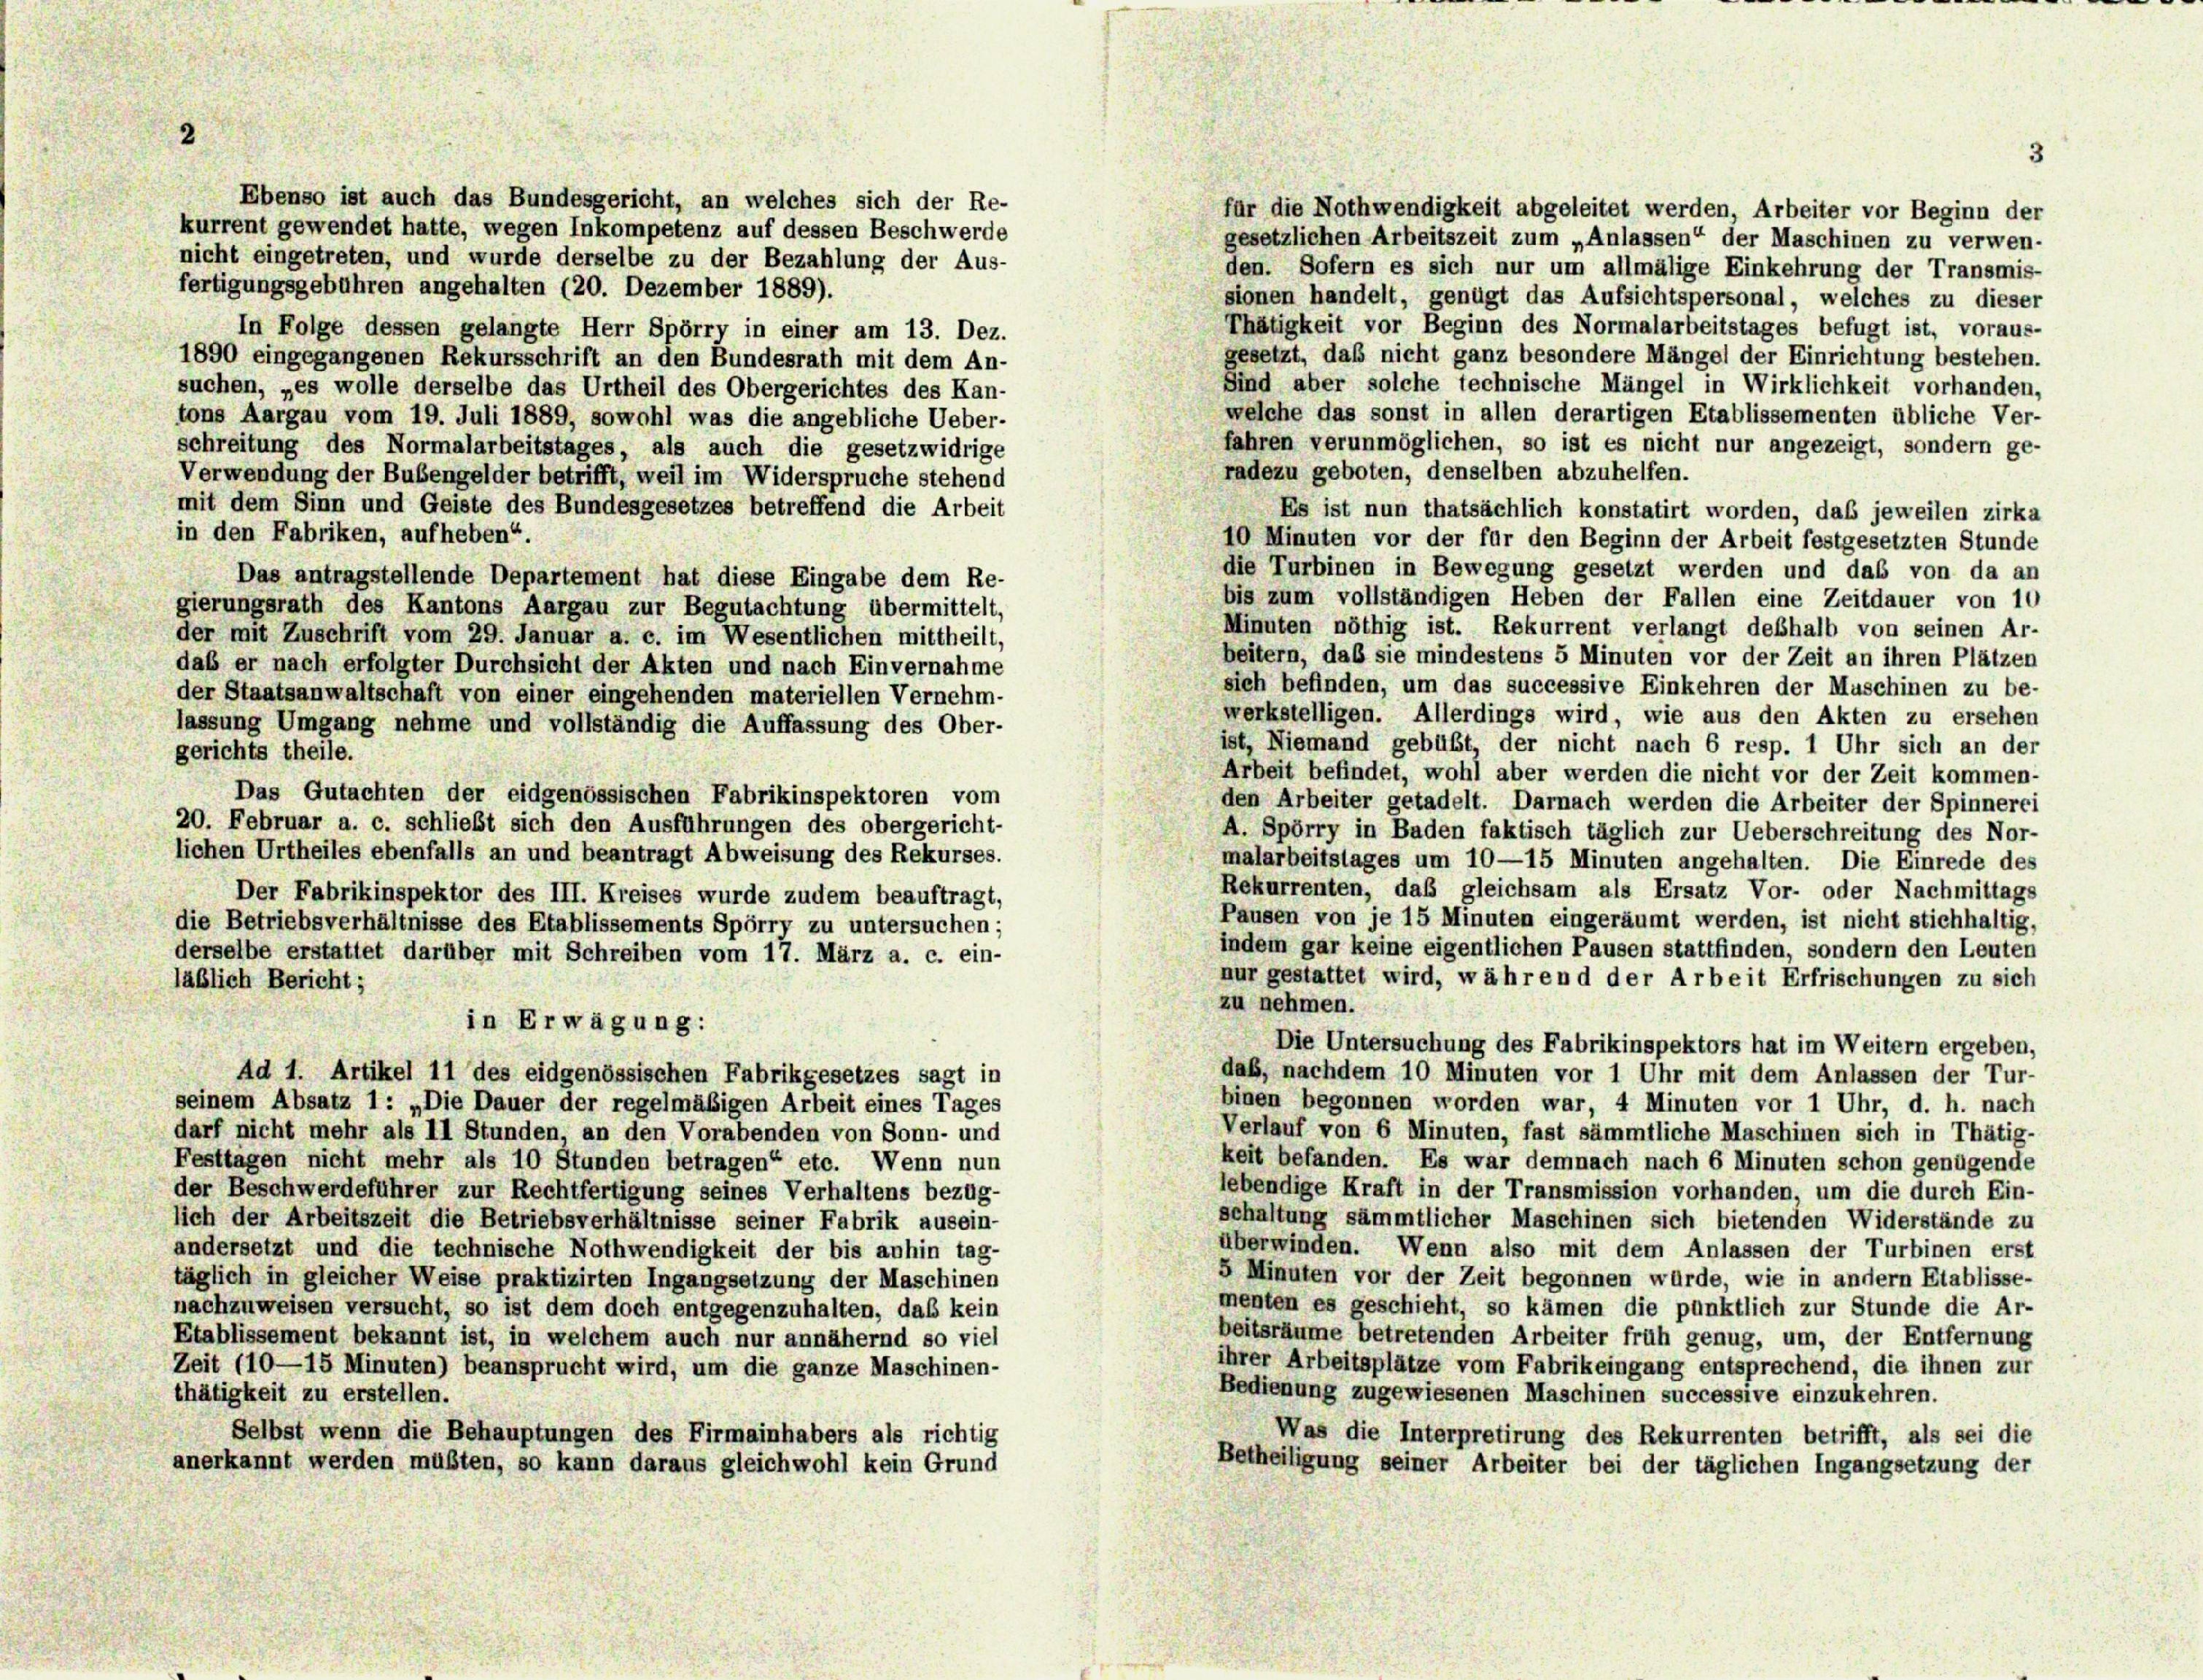
2

Ebenso ist auch das Bundesgericht, an welches sich der Re-
für die Nothwendigkeit abgeleitet werden, Arbeiter vor Beginn der
kurrent gewendet hatte, wegen Inkompetenz auf dessen Beschwerde
gesetzlichen Arbeitszeit zum „Anlassen“ der Maschinen zu verwen-
nicht eingetreten, und wurde derselbe zu der Bezahlung der Aus-
den. Sofern es sich nur um allmälige Einkehrung der Transmis-
fertigungsgebühren angehalten (20. Dezember 1889).
sionen handelt, genügt das Aufsichtspersonal, welches zu dieser
Thätigkeit vor Beginn des Normalarbeitstages befugt ist, voraus-
In Folge dessen gelangte Herr Spörry in einer am 13. Dez.
gesetzt, daß nicht ganz besondere Mängel der Einrichtung bestehen.
1890 eingegangenen Rekursschrift an den Bundesrath mit dem An-
Sind aber solche technische Mängel in Wirklichkeit vorhanden,
suchen, „es wolle derselbe das Urtheil des Obergerichtes des Kan-
welche das sonst in allen derartigen Etablissementen übliche Ver-
tons Aargau vom 19. Juli 1889, sowohl was die angebliche Ueber-
fahren verunmöglichen, so ist es nicht nur angezeigt, sondern ge-
schreitung des Normalarbeitstages, als auch die gesetzwidrige
radezu geboten, denselben abzuhelfen.
Verwendung der Bubengelder betrifft, weil im Widerspruche stehend
mit dem Sinn und Geiste des Bundesgesetzes betreffend die Arbeit
Es ist nun thatsächlich konstatirt worden, daß jeweilen zirka
in den Fabriken, aufheben“.
10 Minuten vor der für den Beginn der Arbeit festgesetzten Stunde
die Turbinen in Bewegung gesetzt werden und das von da an
Das antragstellende Departement hat diese Eingabe dem Re-
bis zum vollständigen Heben der Fallen eine Zeitdauer von 10
gierungsrath des Kantons Aargau zur Begutachtung übermittelt,
Minuten nöthig ist. Rekurrent verlangt deshalb von seinen Ar-
der mit Zuschrift vom 29. Januar a. c. im Wesentlichen mittheilt,
beitern, daß sie mindestens 5 Minuten vor der Zeit an ihren Plätzen
das er nach erfolgter Durchsicht der Akten und nach Einvernahme
sich befinden, um das successive Einkehren der Muschinen zu be-
der Staatsanwaltschaft von einer eingehenden materiellen Vernehm-
werkstelligen. Allerdings wird, wie aus den Akten zu ersehen
lassung Umgang nehme und vollständig die Auffassung des Ober-
ist, Niemand gebüßt, der nicht nach 6 resp. 1 Uhr sich an der
gerichts theile.
Arbeit befindet, wohl aber werden die nicht vor der Zeit kommen-
Das Gutachten der eidgenössischen Fabrikinspektoren vom
den Arbeiter getadelt. Darnach werden die Arbeiter der Spinnerei
20. Februar a. c. schließt sich den Ausführungen des obergericht-
A. Spörry in Baden faktisch täglich zur Ueberschreitung des Nor-
lichen Urtheiles ebenfalls an und beantragt Abweisung des Rekurses.
malarbeitstages um 10—15 Minuten angehalten. Die Einrede des
Rekurrenten, das gleichsam als Ersatz Vor- oder Nachmittags
Der Fabrikinspektor des III. Kreises wurde zudem beauftragt,
Pausen von je 15 Minuten eingeräumt werden, ist nicht stichhaltig,
die Betriebsverhältnisse des Etablissements Spörry zu untersuchen:
indem gar keine eigentlichen Pausen stattfinden, sondern den Leuten
derselbe erstattet darüber mit Schreiben vom 17. März a. c. ein-
nur gestattet wird, während der Arbeit Erfrischungen zu sich
läßlich Bericht;
zu nehmen.
in Erwägung:
Die Untersuchung des Fabrikinspektors hat im Weitern ergeben,
Ad 4. Artikel 11 des eidgenössischen Fabrikgesetzes sagt in
daß, nachdem 10 Minuten vor 1 Uhr mit dem Anlassen der Tur-
binen begonnen worden war, 4 Minuten vor 1 Uhr, d. h. nach
seinem Absatz 1 : „Die Dauer der regelmäßigen Arbeit eines Tages
darf nicht mehr als II Stunden an den Vorabenden von Sonn- und
Verlauf von 6 Minuten, fast sämmtliche Maschinen sich in Thätig-
keit befanden. Es war demnach nach 6 Minuten schon genügende
Festtagen nicht mehr als 10 Stunden betragen“ etc. Wenn nun
lebendige Kraft in der Transmission vorhanden, um die durch Ein-
der Beschwerdeführer zur Rechtfertigung seines Verhaltens bezüg-
schaltung sämmtlicher Maschinen sich bietenden Widerstände zu
lich der Arbeitszeit die Betriebsverhältnisse seiner Fabrik ausein-
überwinden. Wenn also mit dem Anlassen der Turbinen erst
andersetzt und die technische Nothwendigkeit der bis anhin tag-
5 Minuten vor der Zeit begonnen würde, wie in andern Etablisse-
täglich in gleicher Weise praktizirten Ingangsetzung der Maschinen
menten es geschieht, so kämen die pünktlich zur Stunde die Ar-
nachzuweisen versucht, so ist dem doch entgegenzuhalten, daß kein
beitsräume betretenden Arbeiter früh genug, um, der Entfernung
Etablissement bekannt ist, in welchem auch nur annähernd so viel
ihrer Arbeitsplätze vom Fabrikeingang entsprechend, die ihnen zur
Zeit (10—15 Minuten) beansprucht wird, um die ganze Maschinen-
Bedienung zugewiesenen Maschinen successive einzukehren.
thätigkeit zu erstellen.
Selbst wenn die Behauptungen des Firmainhabers als richtig
Was die Interpretirung des Rekurrenten betrifft, als sei die
anerkannt werden müßten, so kann daraus gleichwohl kein Grund
Betheiligung seiner Arbeiter bei der täglichen Ingangsetzung der

5